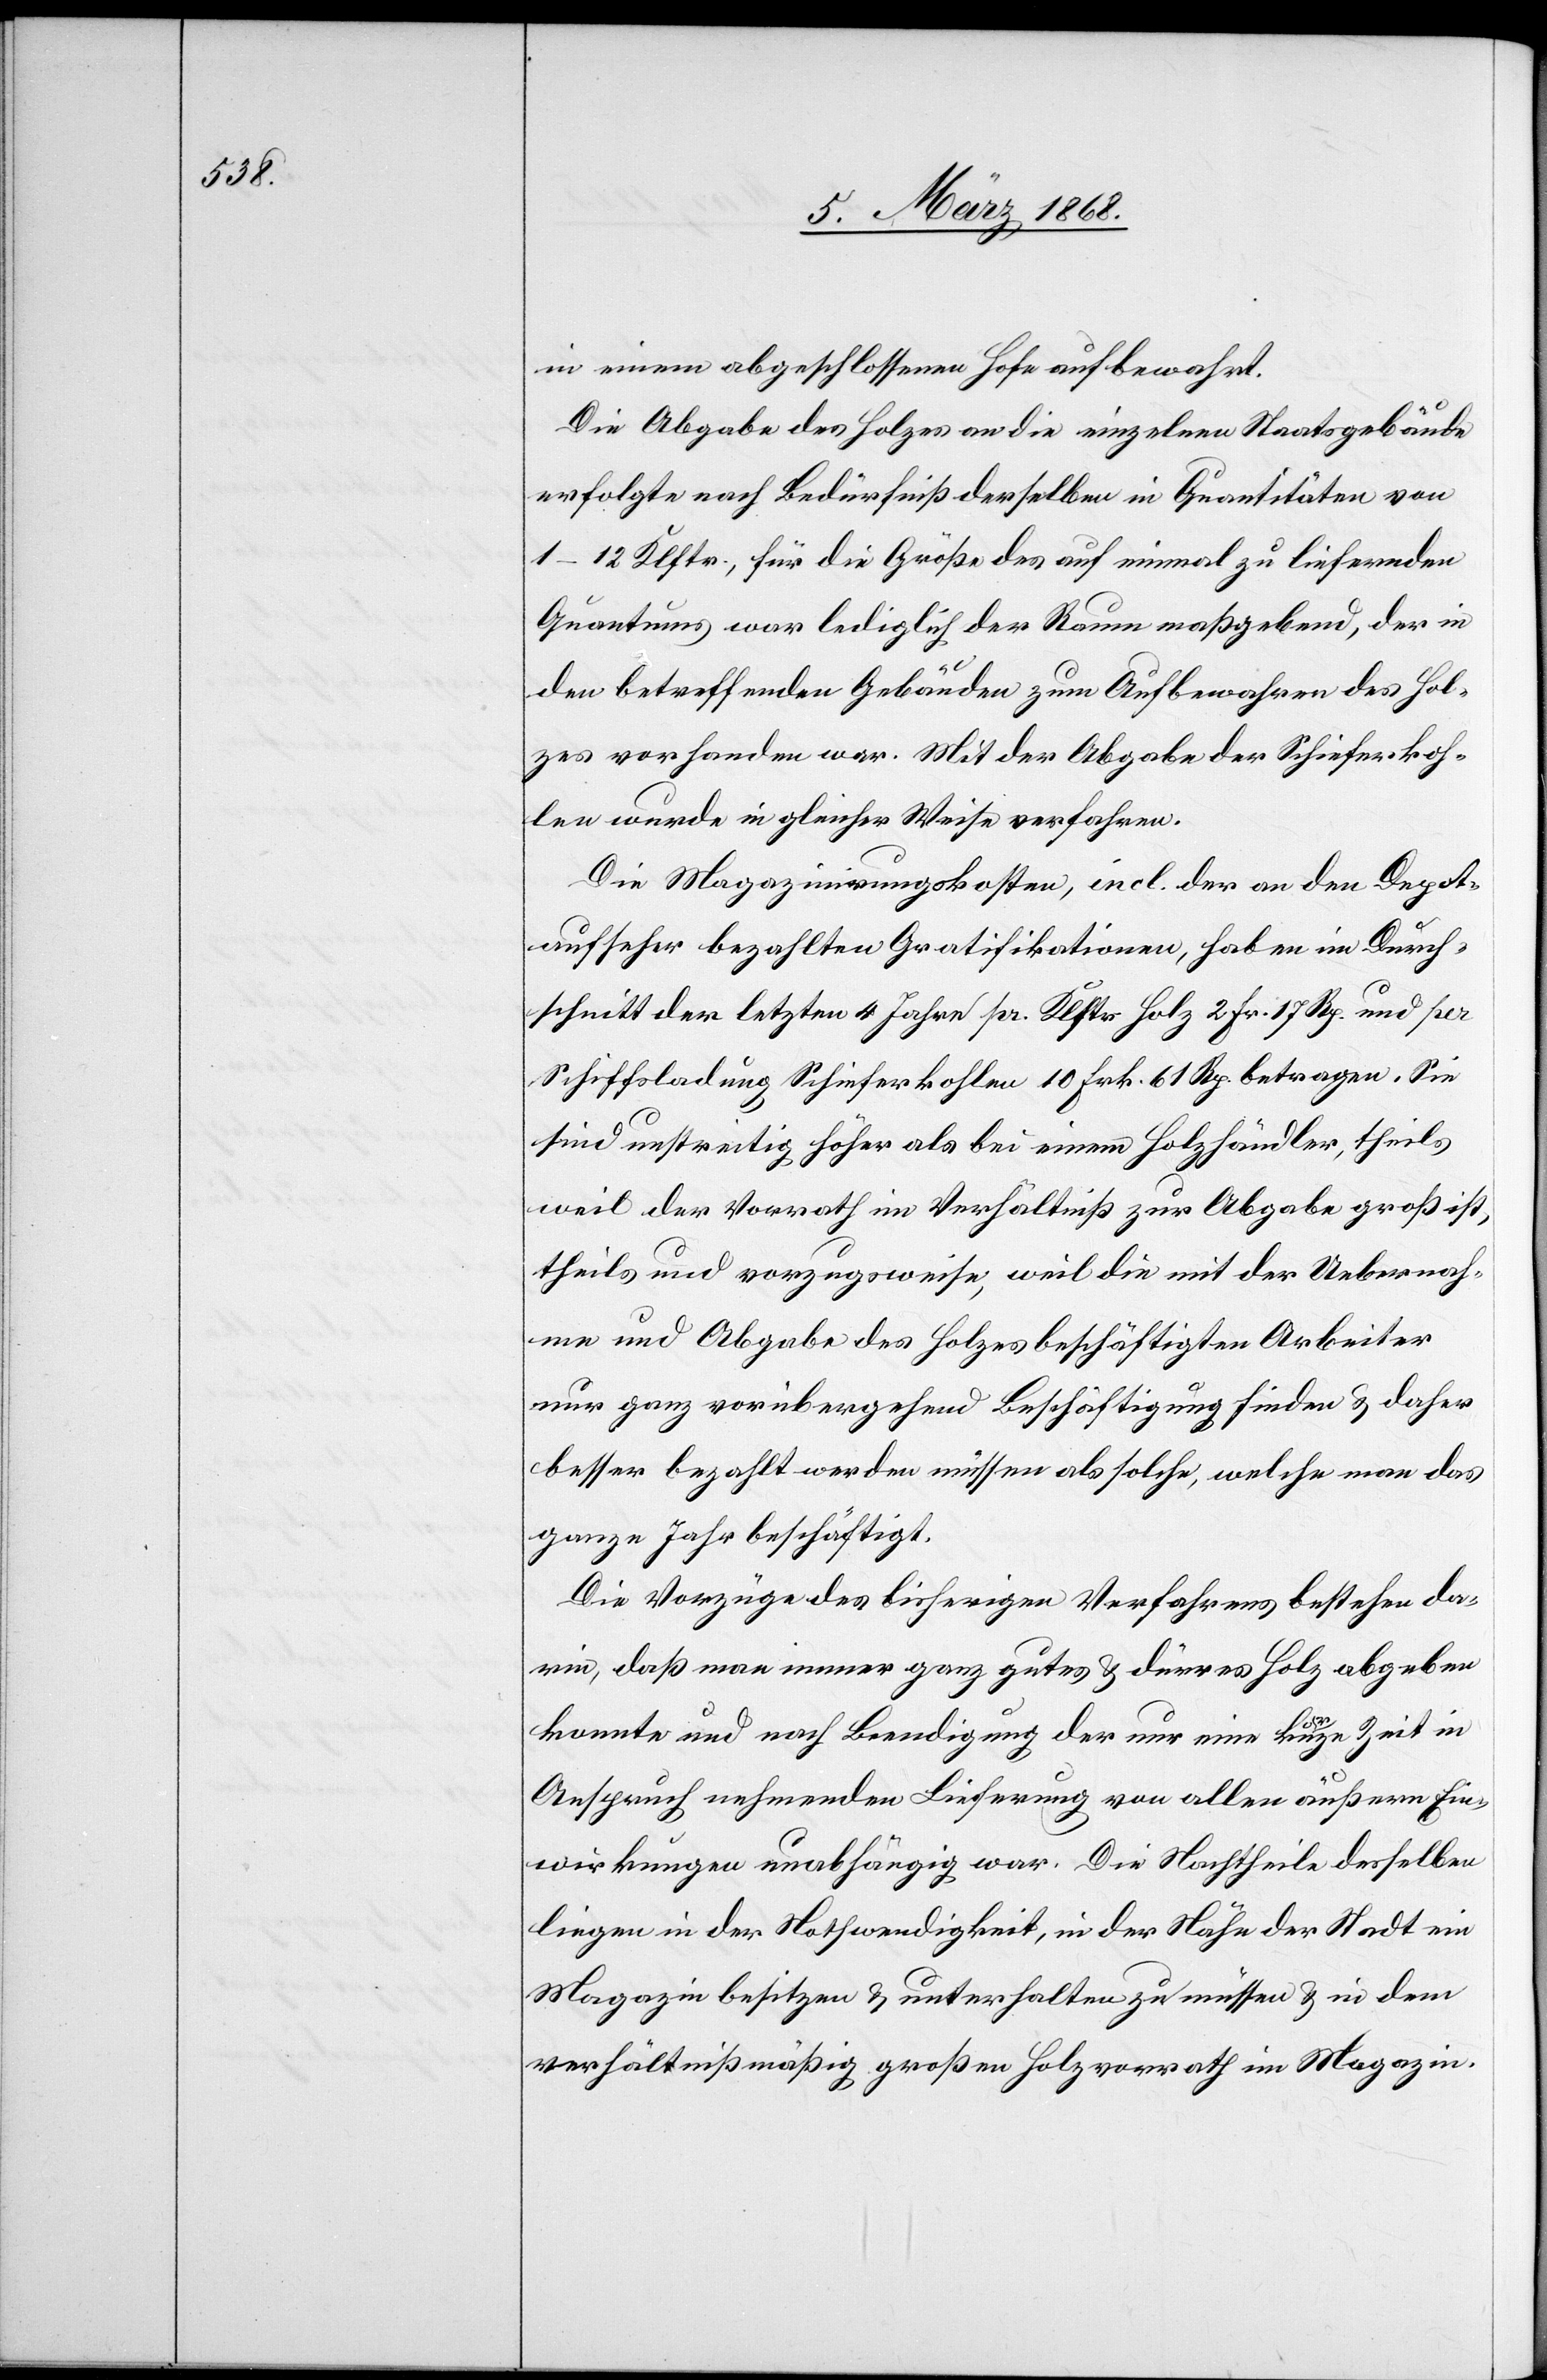
in einem abgeschlossenen Hofe aufbewahrt.
Die Abgabe des Holzes an die einzelnen Staatsgebäude
erfolgte nach Bedürfniß derselben in Quantitäten von
1–12 Klftr., für die Größe des auf einmal zu liefernden
Quantums war lediglich der Raum maßgebend, der in
den betreffenden Gebäuden zum Aufbewahren des Hol¬
zes vorhanden war. Mit der Abgabe der Schieferkoh¬
len wurde in gleicher Weise verfahren.
Die Magazinirungskosten, incl. der an den Depot¬
aufseher bezahlten Gratifikationen, haben im Durch¬
schnitt der letzten 4 Jahre pr. Klftr. Holz 2 Fr. 17 Rp. und per
Schiffsladung Schieferkohlen 10 Frk. 61 Rp. betragen. Sie
sind unstreitig höher als bei einem Holzhändler, theils
weil der Vorrath im Verhältniß zur Abgabe groß ist,
theils und vorzugsweise, weil die mit der Uebernah¬
me und Abgabe des Holzes beschäftigten Arbeiter
nur ganz vorübergehend Beschäftigung finden & daher
besser bezahlt werden müssen als solche, welche man das
ganze Jahr beschäftigt.
Die Vorzüge des bisherigen Verfahrens bestehen da¬
rin, daß man immer ganz gutes & dürres Holz abgeben
konnte und nach Beendigung der nur eine kurze Zeit in
Anspruch nehmenden Lieferung von allen äußern Ein¬
wirkungen unabhängig war. Die Nachtheile desselben
liegen in der Nothwendigkeit, in der Nähe der Stadt ein
Magazin besitzen & unterhalten zu müssen & in dem
verhältnißmäßig großen Holzvorrath im Magazin.